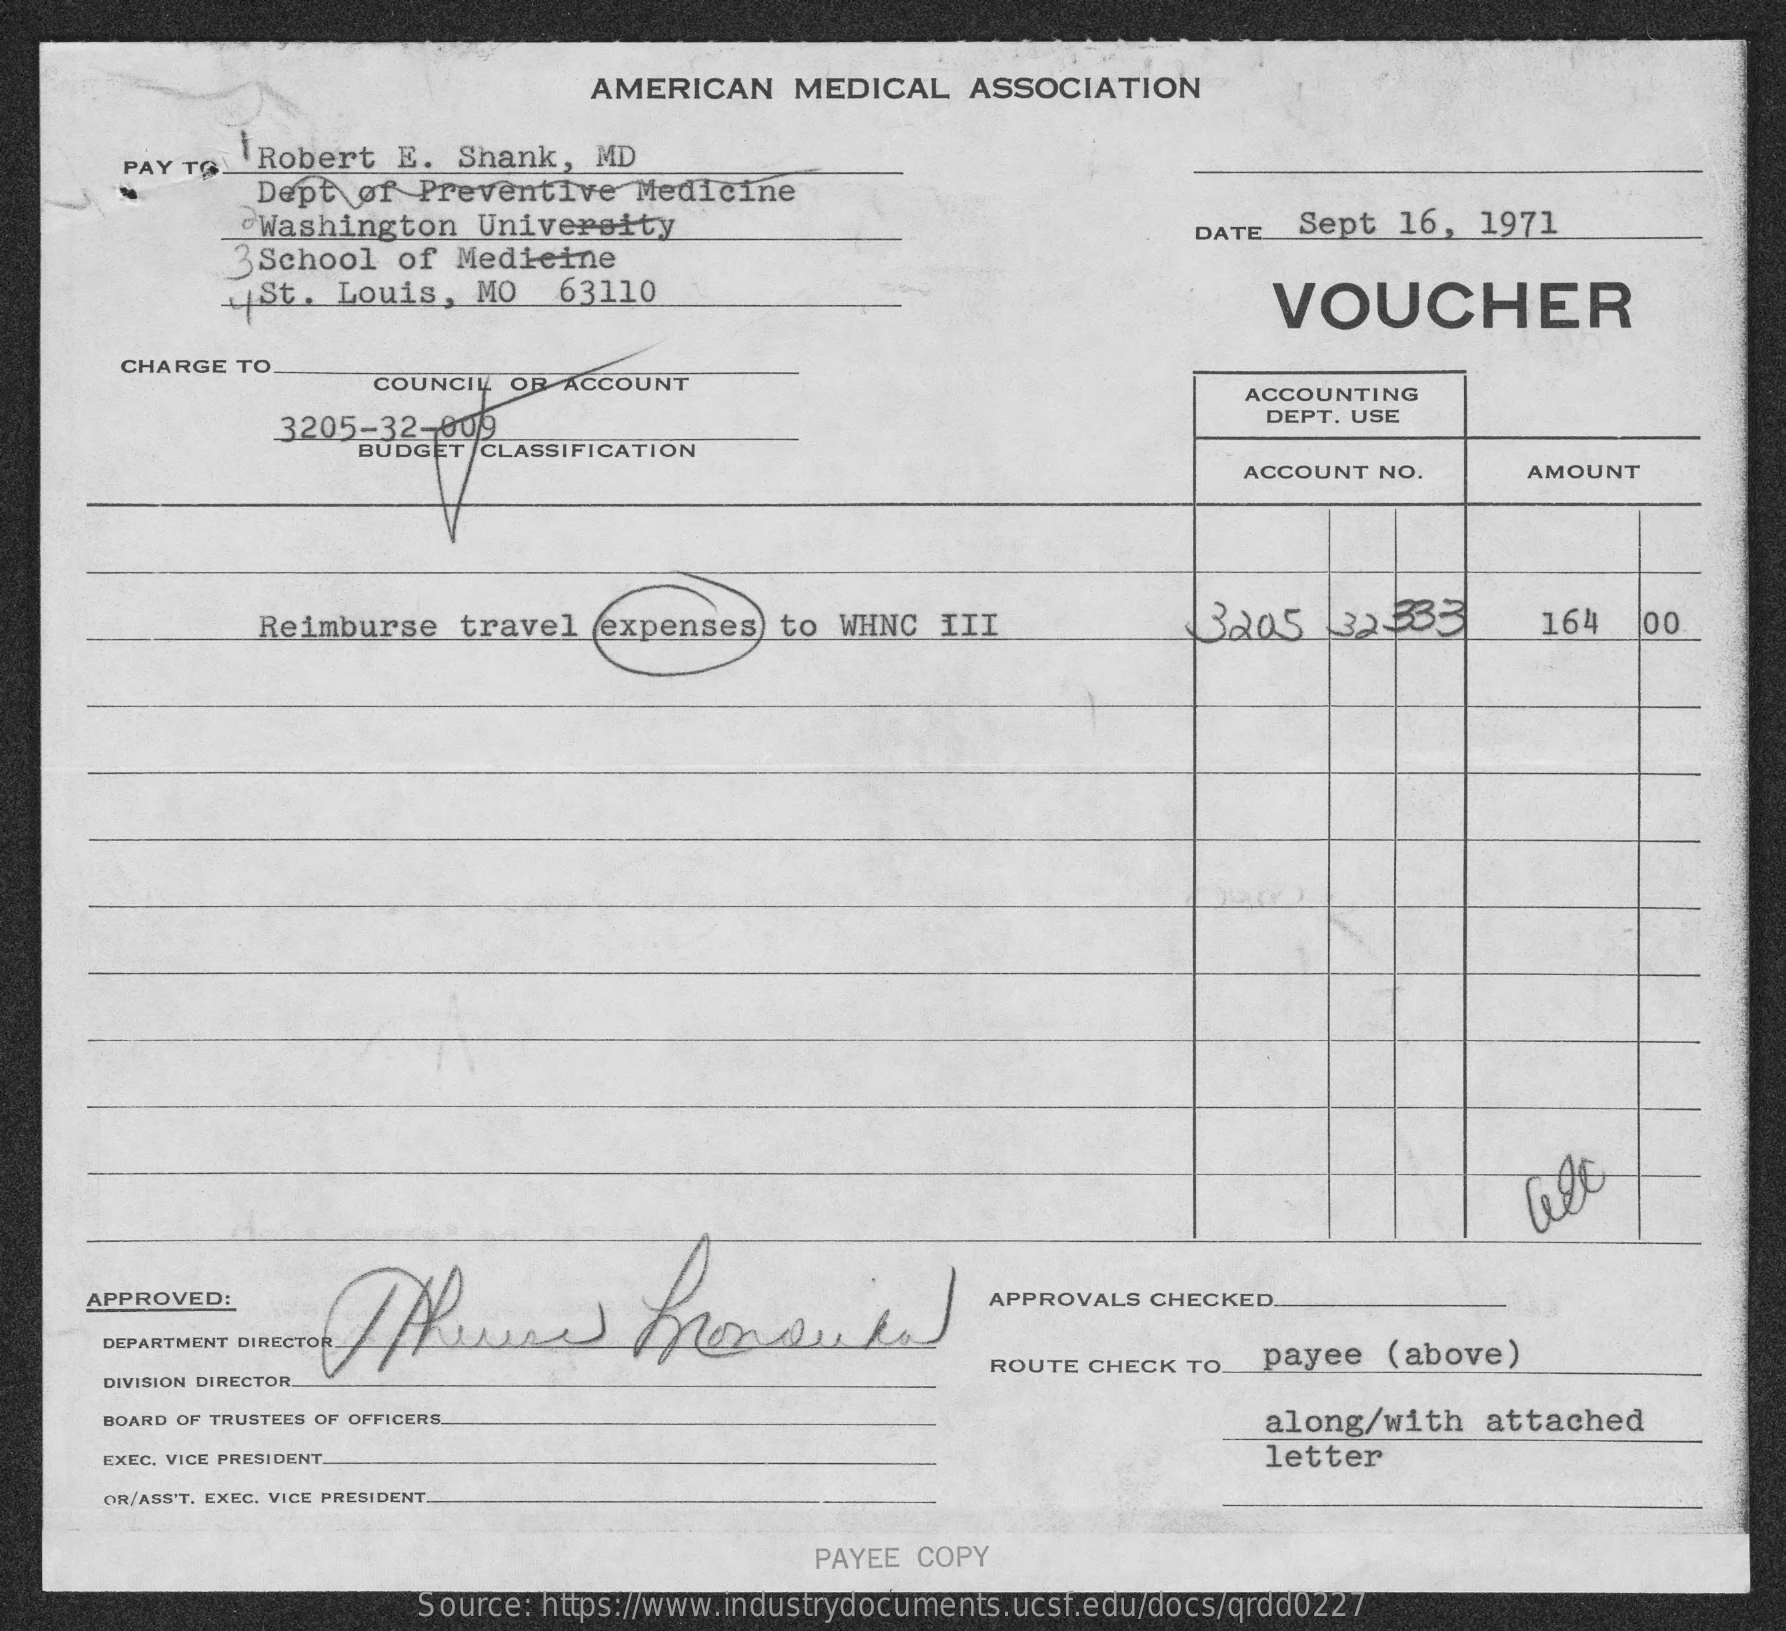
AMERICAN    MEDICAL    ASSOCIATION
     PAY TØ_ Robert   E.  Shank,  MD
     Dept   of Preventive   Medicine
     Washington    University
     3School   of Medicine
     DATE  Sept  16,  1971
     St.  Louis,   MO   63110    VOUCHER
     CHARGE TO
     COUNCIL OB ACCOUNT    ACCOUNTING
     3205-32-009    DEPT. USE
     BUDGET /CLASSIFICATION
     ACCOUNT NO.    AMOUNT
     Reimburse    travel  (expenses)  to WHNC   III    3205    32-333    164
     APPROVED:    APPROVALS CHECKED ..
     DEPARTMENT DIRECTOR
     ROUTE CHECK TO.  payee  (above)
     DIVISION DIRECTOR
     BOARD OF TRUSTEES OF OFFICERS    along/with   attached
     EXEC. VICE PRESIDENT    letter
     OR/ASS'T. EXEC. VICE PRESIDENT.
     PAYEE COPY
     Source: https://www.industrydocuments.ucsf.edu/docs/qrdd0227